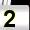
Digit: 2